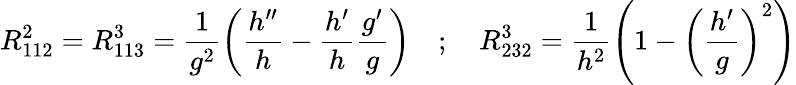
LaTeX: R_{112}^{2}=R_{113}^{3}=\frac{1}{g^{2}}\left(\frac{h^{\prime\prime}}{h}-\frac{h^{\prime}}{h}\frac{g^{\prime}}{g}\right)\quad;\quad R_{232}^{3}=\frac{1}{h^{2}}\left(1-\left(\frac{h^{\prime}}{g}\right)^{2}\right)